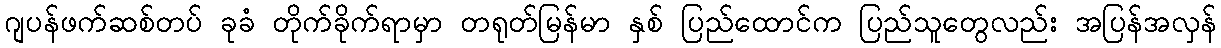
ဂျပန်ဖက်ဆစ်တပ် ခုခံ တိုက်ခိုက်ရာမှာ တရုတ်မြန်မာ နှစ် ပြည်ထောင်က ပြည်သူတွေလည်း အပြန်အလှန်